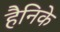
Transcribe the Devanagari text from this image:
हैनिके